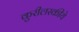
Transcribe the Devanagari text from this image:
कुरीलस्कीये